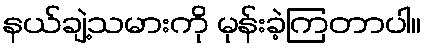
နယ်ချဲ့သမားကို မုန်းခဲ့ကြတာပါ။